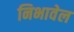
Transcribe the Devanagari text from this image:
निभावेल